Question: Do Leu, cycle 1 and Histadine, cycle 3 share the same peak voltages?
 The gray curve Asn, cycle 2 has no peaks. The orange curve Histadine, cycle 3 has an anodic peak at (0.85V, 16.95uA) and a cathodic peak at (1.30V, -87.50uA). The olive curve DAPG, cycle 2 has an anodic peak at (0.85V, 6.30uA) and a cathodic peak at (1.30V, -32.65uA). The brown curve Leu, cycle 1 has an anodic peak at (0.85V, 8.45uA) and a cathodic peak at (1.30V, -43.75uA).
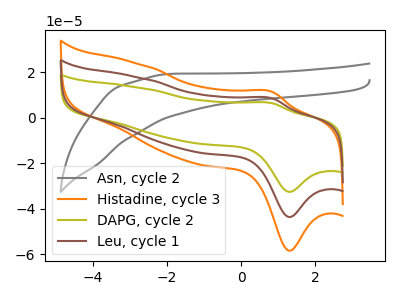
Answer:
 <answer>Yes, "Leu, cycle 1" have a peak in "Histadine, cycle 3" at the same potential.</answer>
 <eval>match</eval>